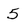
Character: 5